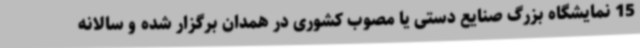
15 نمایشگاه بزرگ صنایع دستی یا مصوب کشوری در همدان برگزار شده و سالانه